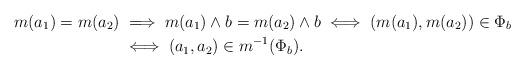
LaTeX: \begin{align*}m(a_1) = m(a_2)&\implies m(a_1) \wedge b = m(a_2) \wedge b\iff (m(a_1), m(a_2)) \in \Phi_b \\&\iff (a_1, a_2) \in m^{-1}(\Phi_b).\end{align*}